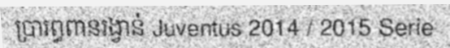
ប្រារព្ធពានរង្វាន់ Juventus 2014 / 2015 Serie